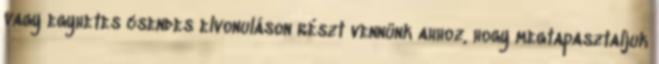
vagy egyhetes csendes elvonuláson részt vennünk ahhoz, hogy megtapasztaljuk